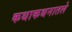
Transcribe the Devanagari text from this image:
कथाकथनातले